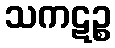
သကဋဉ္စ